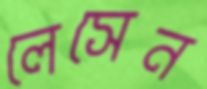
লেসেন